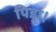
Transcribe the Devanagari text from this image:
पिडा।